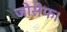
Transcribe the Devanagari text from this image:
जोसेफ।